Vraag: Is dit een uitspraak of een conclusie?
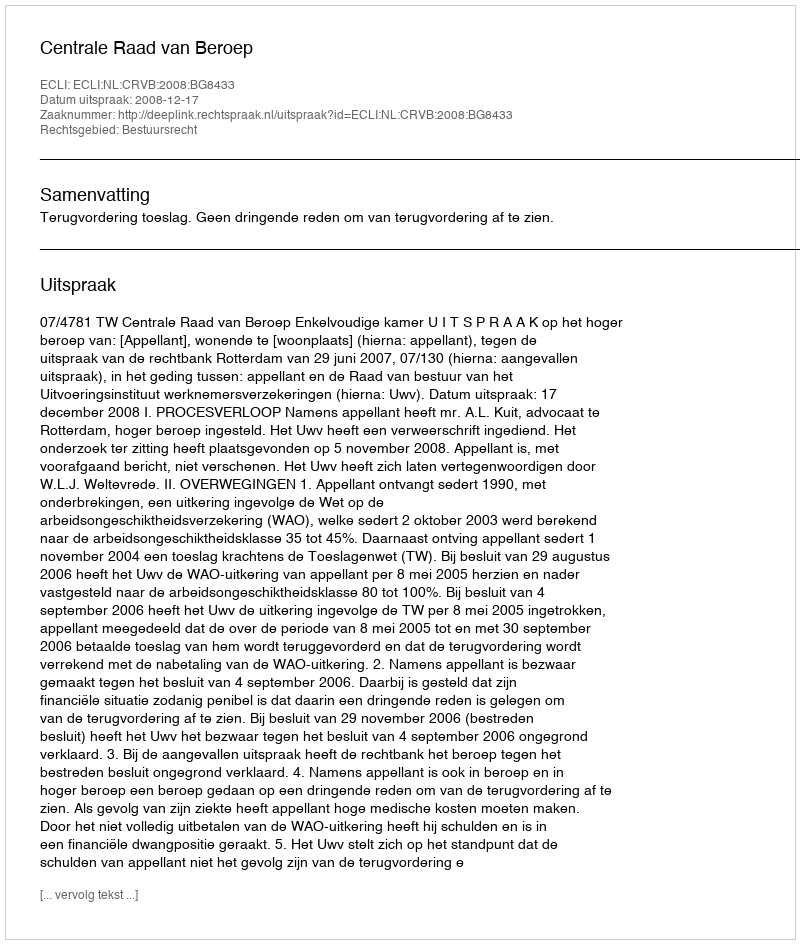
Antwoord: Uitspraak